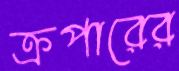
ক্রপারের